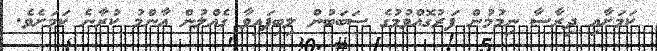
ކަމަށާއި ދިރާސާ ނިމުމުން ފަރުގޮއްވުމުގެ ސަބަބުން ލިބިފައިވާ ގެއްލުން އާންމު ކުރާނެ ކަމަށެވެ.